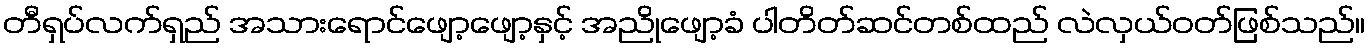
တီရှပ်လက်ရှည် အသားရောင်ဖျော့ဖျော့နှင့် အညိုဖျော့ခံ ပါတိတ်ဆင်တစ်ထည် လဲလှယ်ဝတ်ဖြစ်သည်။